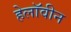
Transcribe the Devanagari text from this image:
हेलाॅवीन